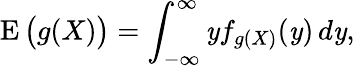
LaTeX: \operatorname{E}{\big(}g(X){\big)}=\int_{-\infty}^{\infty}\mathit{y}f_{g(X)}(\mathit{y})\, d\mathit{y},